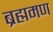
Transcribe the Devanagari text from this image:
ब्रह्ममण